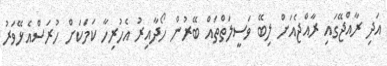
އަދި ރާއްޖޭގައި ރާއްޖެއަށް ލިބޭ ވަސީލަތްތައް ބޭރުން ހޯދާއިރު އެހުރިހާ ކަމަކަށް ހުރަސްއެޅޭވަރު